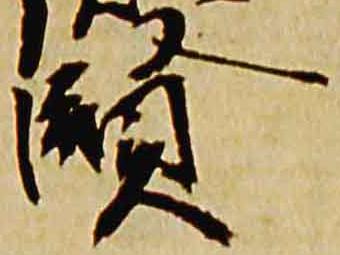
賢